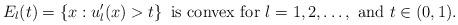
LaTeX: \begin{align*}E_l (t) = \{ x: u'_l ( x ) > t \}\, \,\, \mbox{is convex for}\,\, l = 1, 2, \dots,\,\, \mbox{and}\, \,t \in (0, 1). \end{align*}